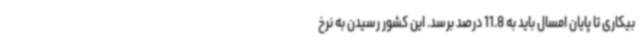
بیکاری تا پایان امسال باید به 11.8 درصد برسد. این کشور رسیدن به نرخ